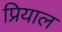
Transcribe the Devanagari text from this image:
प्रियाल